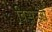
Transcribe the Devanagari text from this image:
विसन्ज़ो